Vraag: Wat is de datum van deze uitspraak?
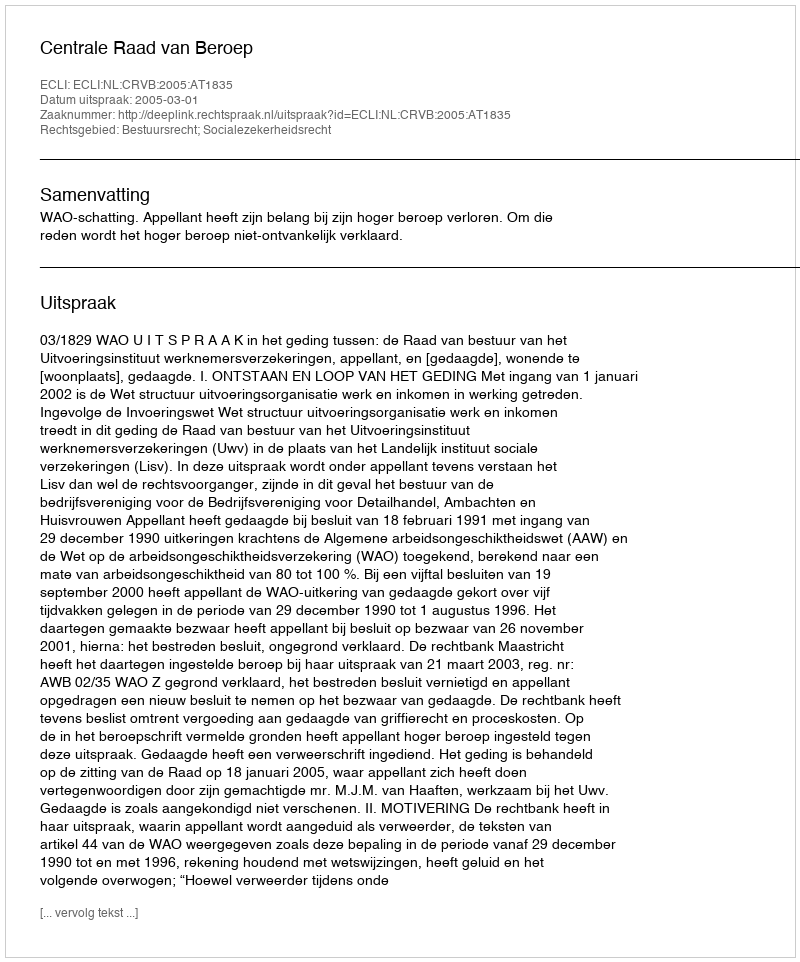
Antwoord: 2005-03-01